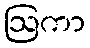
ဩကာ